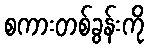
စကားတစ်ခွန်းကို